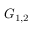
G _ { 1 , 2 }